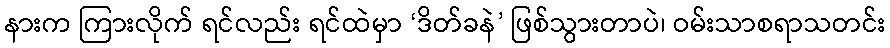
နားက ကြားလိုက် ရင်လည်း ရင်ထဲမှာ ‘ဒိတ်ခနဲ’ ဖြစ်သွားတာပဲ၊ ဝမ်းသာစရာသတင်း